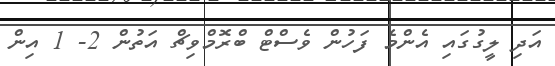
އަދި ލީގުގައި އެންމެ ފަހުން ވެސްޓް ބްރޮމްވިޗް އަތުން 2- 1 އިން